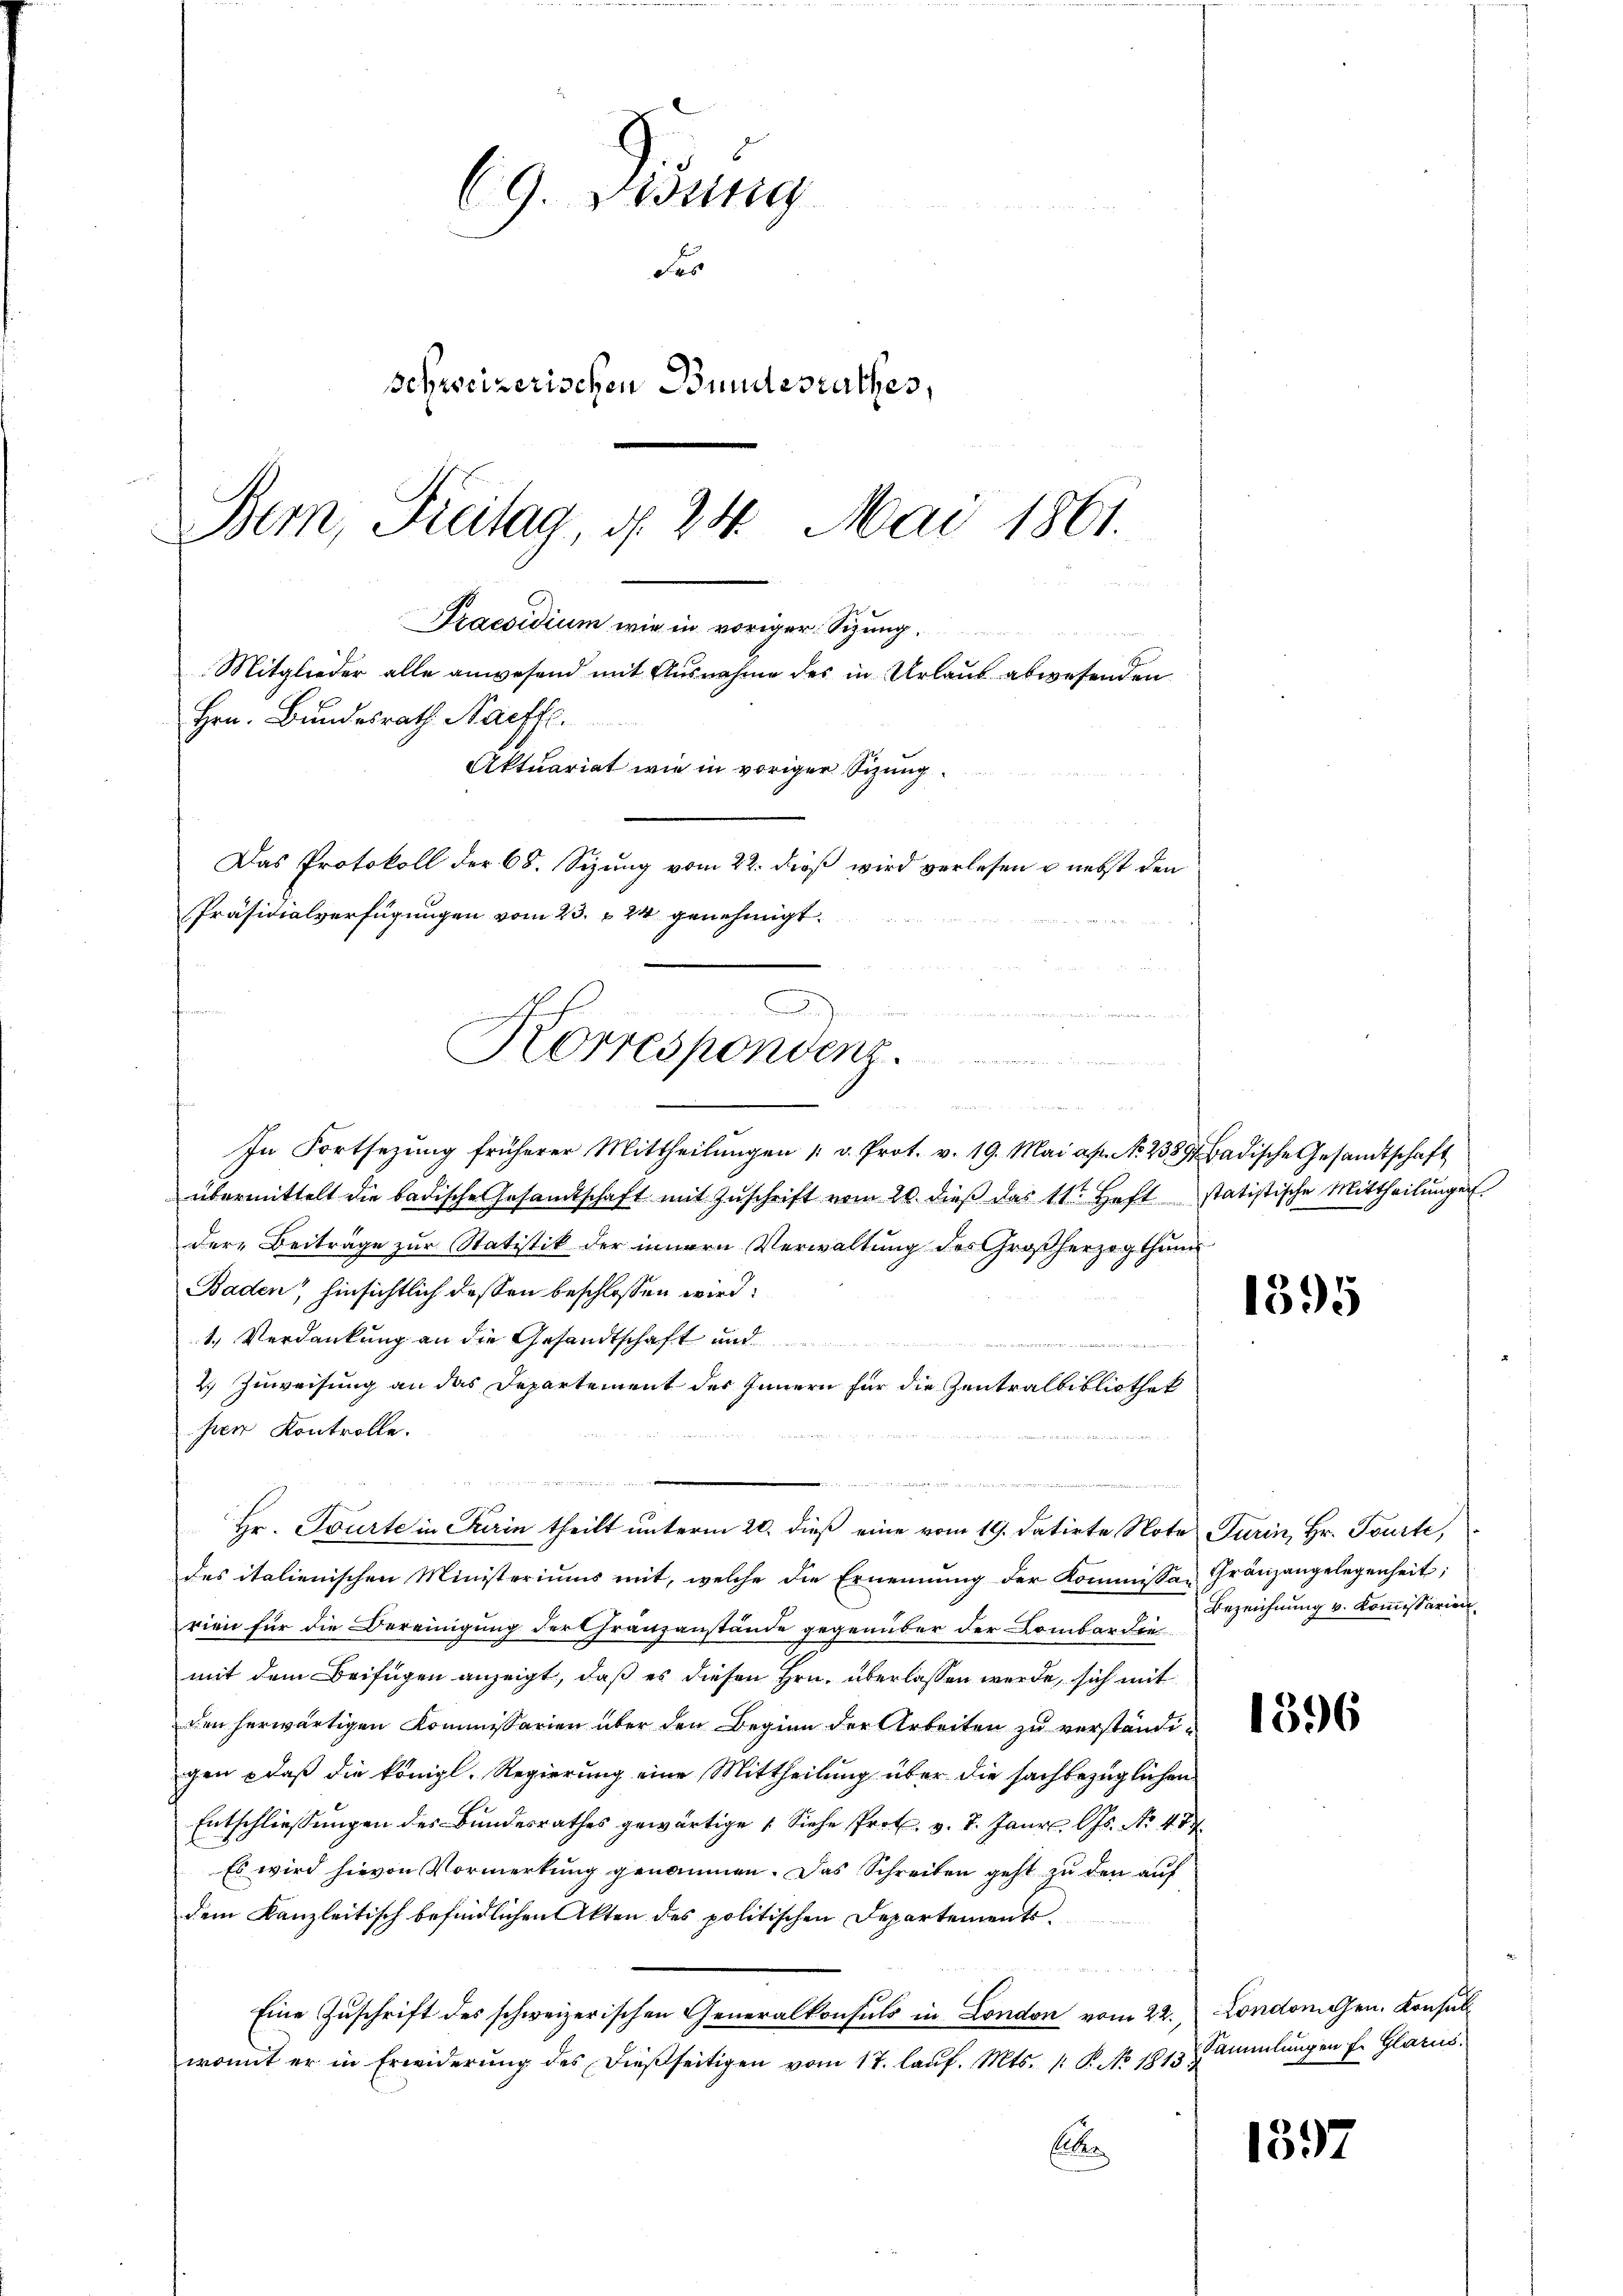
69. Disung
Fo
schweizerischen Bundesrathes,
Bern, Freitag, d. 24. Mai 1861.

Praesidium wie in voriger Sizung.
Hrn. Bundesrath Harffe.
Aktuariat wie in voriger Sitzung.
Das Protokoll der 68. Sizung vom 22. dieß wird verlesen u. nebst den
Präsidialverfügungen vom 23. 24 genehmigt.
D
2
Korresponvenz.

Mitglieder alle anwesend mit Ausnahme des in Urlaub abwesenden

m
In Fortsetzŭng früherer Mittheilŭngen 1 v. Prot. v. 19. Mai a. N. 238 Badische Gesandtschaft
übermittelt die badische Gesandtschaft mit Zŭschrift vom 20. dieβ das 11t. Heft statistische Mittheilŭngen.
der Beiträge zŭr Statistik der innern Verwaltŭng des Großherzogthum
Baden, hinsichtlich dessen beschlossen wird.
1.) Verdankung an die Gesandtschaft und
2) Zuweisung an das Departement des Innern für die Zentralbibliothek
her Kontrolle.
t
e
Hr. Tourte in Gerin theilt unterm 20. dieß eine vom 19. datirte Note Turin, Hr. Tourti,
des italienischen Ministeriums mit, welche die Ernennung der Kommissa- Gränzangelegenheit;
rien für die Bereinigung der Franzanstände gegenüber der Lombardie
mit dem Beifügen anzeigt, daß es diesen Hrn. überlassen werde, sich mit
den herwärtigen Kommissarien über den Beginn der Arbeiten zu verständigen daß die königl. Regierung eine Mittheilung über die sachbezüglichen
Entschliessungen des Bundesrathes gewärtige (Siehe Prot. v. 7. Janr. Js. No 484
Es wird hievon Vormerkung genommen. Das Schreiben geht zu den auf
dem Kanzleitisch befindlichen Akten des politischen Departements¬
Eine Zuschrift des schweizerischen Generalkonsuls in London vom 22. Londonigen. Konsulwomit er in Erwiderŭng des dießseitigen vom 17. laŭf. Mts. 1 P. No 1813.
Eben

u

1395

Bezeichnung v. Kommissarien

1396

Sammlungen f. Glarus.

1397